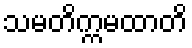
သမတိက္ကမထာတိ